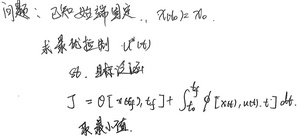
已知 \(x(t_0)=x_0\)，求最优控制 \(u^*(t)\)，使得系统满足
\[
J = \theta[x(t_f),t_f]+\int_{t_0}^{t_f} \phi[x(t),u(t),t]dt
\]
取最小值。